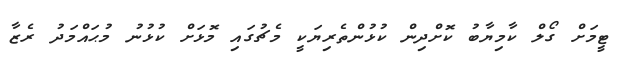
ޓީމަށް ގޯލް ކާމިޔާބު ކޮށްދިން ކުޅުންތެރިޔަކީ މެޗުގައި މޮޅަށް ކުޅުނު މުޙައްމަދު ރެޒާ